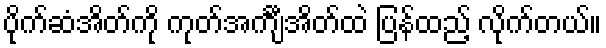
ပိုက်ဆံအိတ်ကို ကုတ်အင်္ကျီအိတ်ထဲ ပြန်ထည့် လိုက်တယ်။